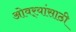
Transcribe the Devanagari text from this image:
ओवर्‍यांसाठी